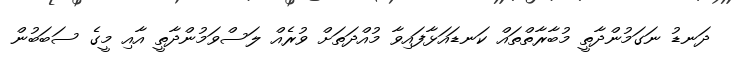
ދަނޑު ނަގަމުންދާތީ މުބާރާތްތައް ކަނޑައަޅާފައިވާ މުއްދަތަށް ވުރެއް ލަސްވަމުންދާތީ އާއި މީގެ ސަބަބުން